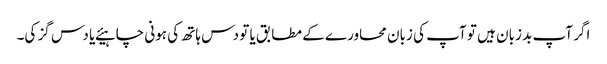
اگر آپ بد زبان ہیں تو آپ کی زبان محاورے کے مطابق یا تو دس ہاتھ کی ہونی چاہیئے یا دس گز کی۔